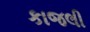
કાજલી